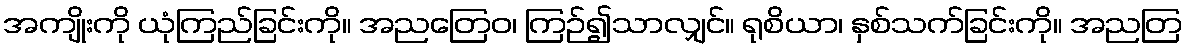
အကျိုးကို ယုံကြည်ခြင်းကို။ အညတြေဝ၊ ကြဉ်၍သာလျှင်။ ရုစိယာ၊ နှစ်သက်ခြင်းကို။ အညတြ